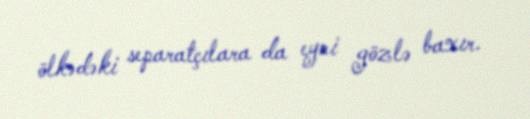
ölkədəki separatçılara da eyni gözlə baxır.